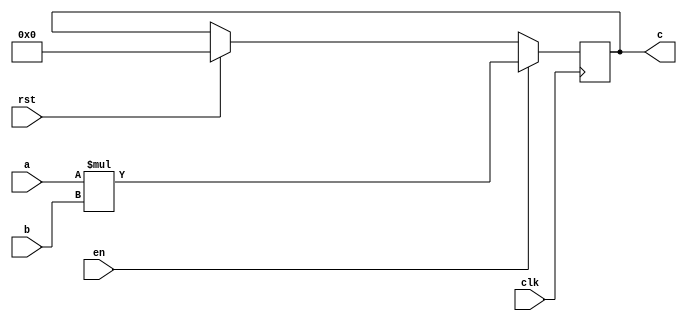
module Multiplicacion #(parameter N = 1)(
    input clk,                  // Reloj
    input rst,                  // Seal de reset
    input en,                   // Seal de enable
    input [7:0] a,              // Primer nmero ingresado
    input [7:0] b,              // Segundo nmero ingresado
    output reg [7:0] c          // Salida de la operacin realizada
);

// Proceso de Multiplicar
always @(posedge clk)
begin
    if (en) begin
        c <= a * b;
    end
    else if (rst) begin
        c <= 8'b00000000;
    end
end


endmodule